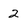
Character: 2